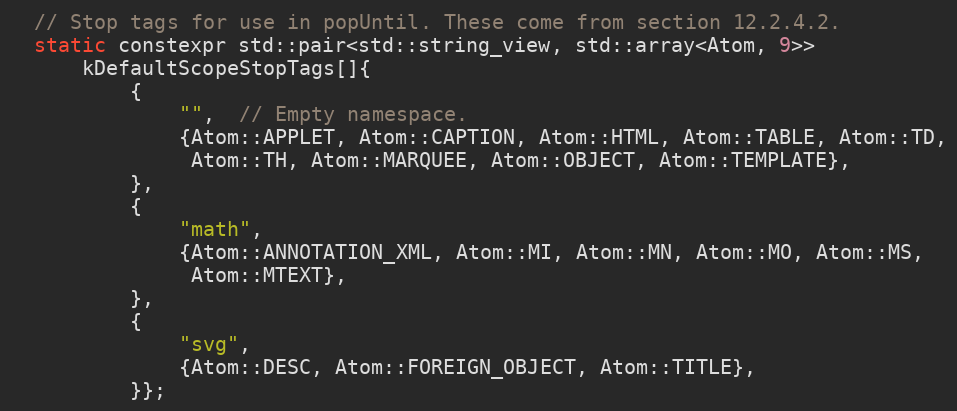
Language: C
  // Stop tags for use in popUntil. These come from section 12.2.4.2.
  static constexpr std::pair<std::string_view, std::array<Atom, 9>>
      kDefaultScopeStopTags[]{
          {
              "",  // Empty namespace.
              {Atom::APPLET, Atom::CAPTION, Atom::HTML, Atom::TABLE, Atom::TD,
               Atom::TH, Atom::MARQUEE, Atom::OBJECT, Atom::TEMPLATE},
          },
          {
              "math",
              {Atom::ANNOTATION_XML, Atom::MI, Atom::MN, Atom::MO, Atom::MS,
               Atom::MTEXT},
          },
          {
              "svg",
              {Atom::DESC, Atom::FOREIGN_OBJECT, Atom::TITLE},
          }};